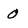
Character: 0